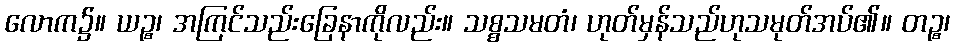
လောက၌။ ယဉ္စ၊ အကြင်သည်းခြေနာကိုလည်း။ သစ္စသမတံ၊ ဟုတ်မှန်သည်ဟုသမုတ်အပ်၏။ တဉ္စ၊